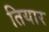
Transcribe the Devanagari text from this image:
तियार